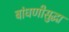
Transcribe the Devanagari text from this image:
बांधणीसुद्धा